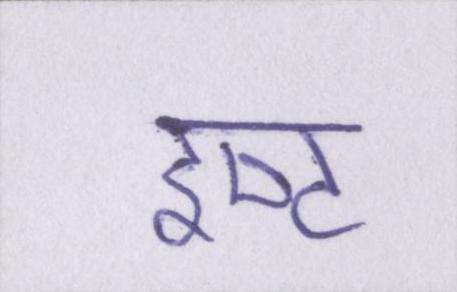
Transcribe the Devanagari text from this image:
इष्ट